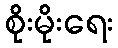
စိုးမိုးရေး